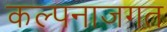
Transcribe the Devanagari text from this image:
कल्पनाजगत